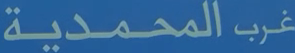
غربالمحمدية